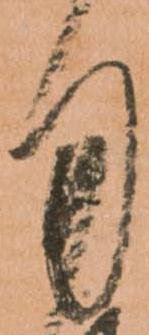
用